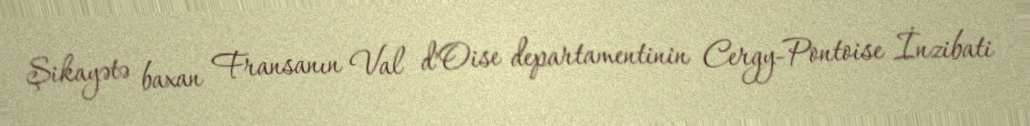
Şikayətə baxan Fransanın Val d’Oise departamentinin Cergy-Pontoise İnzibati